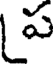
ప